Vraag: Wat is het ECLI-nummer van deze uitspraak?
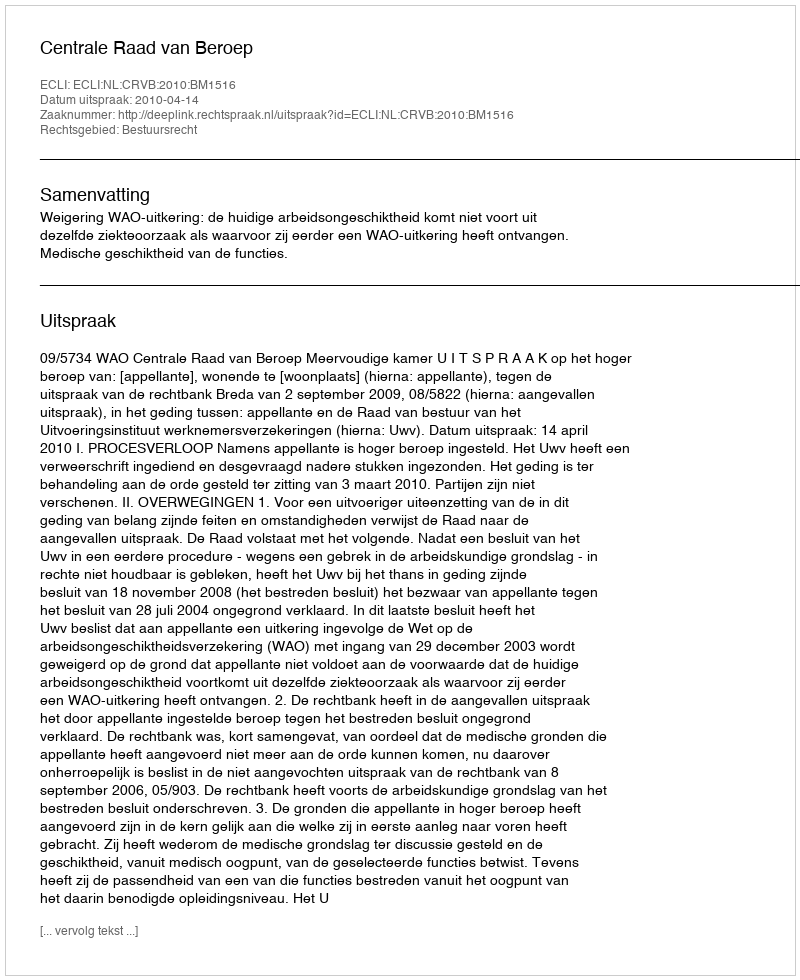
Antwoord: ECLI:NL:CRVB:2010:BM1516